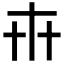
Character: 𠦃